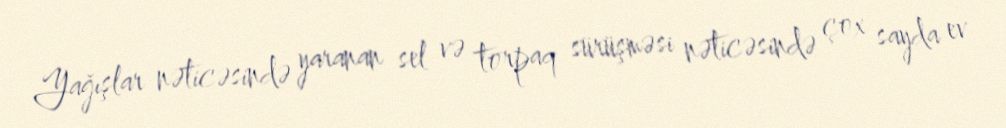
Yağışlar nəticəsində yaranan sel və torpaq sürüşməsi nəticəsində çox sayda ev